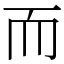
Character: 而